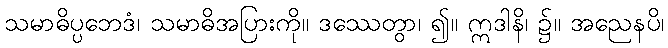
သမာဓိပ္ပဘေဒံ၊ သမာဓိအပြားကို။ ဒဿေတွာ၊ ၍။ ဣဒါနိ၊ ၌။ အညေနပိ၊